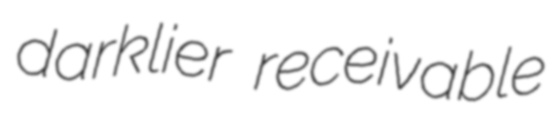
darklier receivable